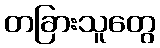
တခြားသူတွေ